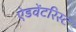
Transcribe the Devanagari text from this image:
ऐडवेंटरिस्ट